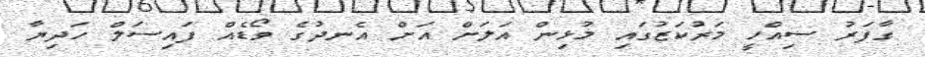
ގާފަރު ސިއްހީ މަރުކަޒުގައި މުޅިން އަލަށް އަށް އެނދުގެ ވޯޑެއް ފައިސަލް ހަދިޔާ